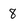
Character: 8